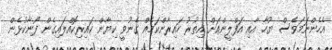
އެހެންނަމަވެސް ޔޫހާ އާއި އަފްލީންއަށް އިތުރު ހައިރާންކަމެއް ގެނުވީ ކިޔާން ކައިރިކޮއްލައިގެން ފޯނާކުޅެން